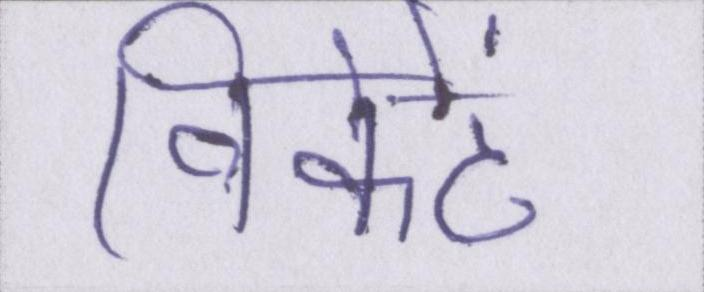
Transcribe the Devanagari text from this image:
विकेटें